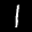
Label: 1